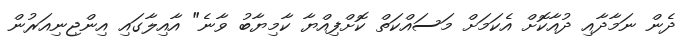
ދެން ނަމާދާއި ދުއާކޮށް އެކަމަށް މަސައްކަތް ކޮށްފިއްޔާ ކާމިޔާބު ވާނެ" އާއިލާގައި އިންޖިނިއަރުން